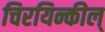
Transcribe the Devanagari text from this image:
चिरयिन्कील्